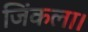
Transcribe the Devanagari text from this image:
जिंकला।